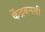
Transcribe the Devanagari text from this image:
केंद्रबनली